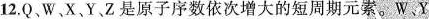
12.Q、W、 X 、Y 、Z是原子序数依次增大的短周期元素。W、Y